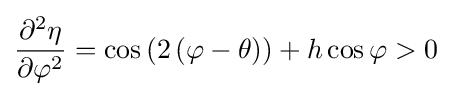
{\frac {\partial ^{2}\eta }{\partial \varphi ^{2}}}=\cos \left(2\left(\varphi -\theta \right)\right)+h\cos \varphi >0